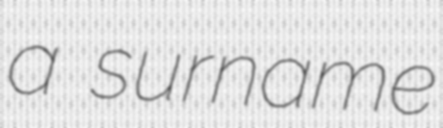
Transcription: a surname